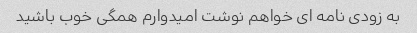
به زودی نامه ای خواهم نوشت امیدوارم همگی خوب باشید